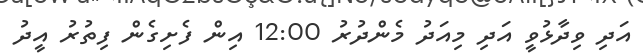
އަދި ވިދާޅުވީ އަދި މިއަދު މެންދުރު 12:00 އިން ފެށިގެން ފިތުރު އީދު